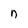
Character: n